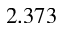
2 . 3 7 3